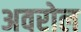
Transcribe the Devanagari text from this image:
अवरोल